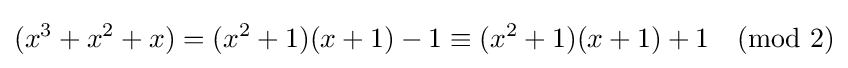
(x^{3}+x^{2}+x)=(x^{2}+1)(x+1)-1\equiv (x^{2}+1)(x+1)+1{\pmod {2}}